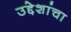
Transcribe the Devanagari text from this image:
उद्देशांचा